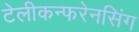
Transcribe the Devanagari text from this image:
टेलीकन्फरेनसिंग